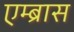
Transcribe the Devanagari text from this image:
एम्ब्रास